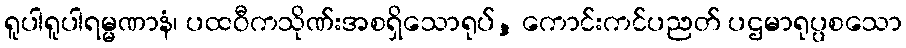
ရူပါရူပါရမ္မဏာနံ၊ ပထဝီကသိုဏ်းအစရှိသောရုပ်, ကောင်းကင်ပညတ် ပဌမာရုပ္ပစသော